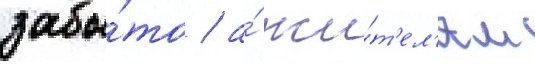
забы́то / а́ жи́т'ел'ям